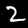
Digit: 2